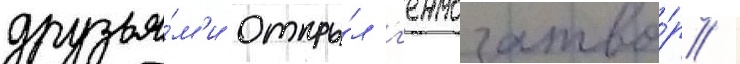
друзья́м'и откры́л г'ермозатво́р /